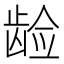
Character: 𱌵